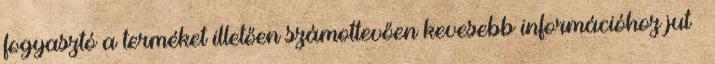
fogyasztó a terméket illetően számottevően kevesebb információhoz jut –